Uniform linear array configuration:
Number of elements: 8
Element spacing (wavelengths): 0.75
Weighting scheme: binomial
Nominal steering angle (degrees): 15
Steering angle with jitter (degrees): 16.811
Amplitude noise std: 0.05
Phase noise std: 0.05

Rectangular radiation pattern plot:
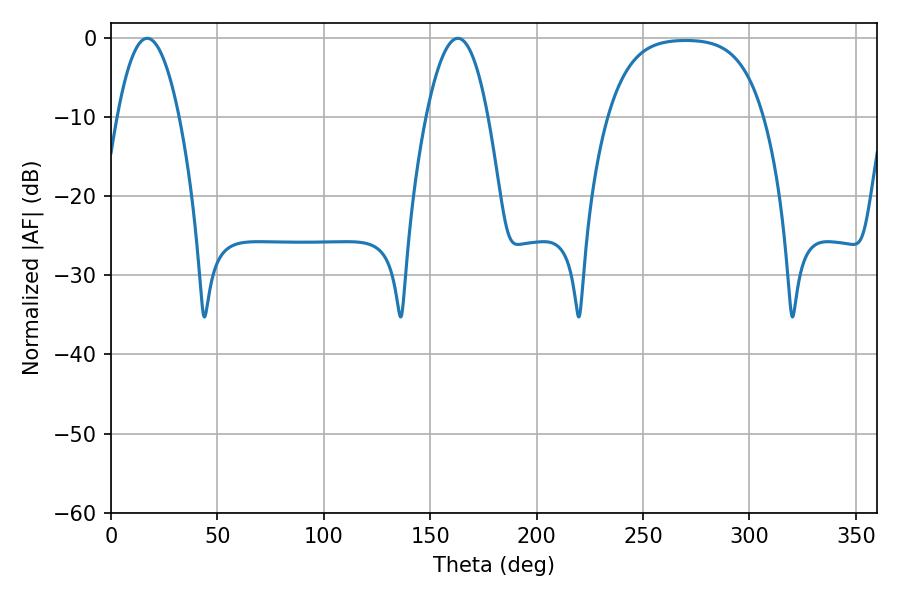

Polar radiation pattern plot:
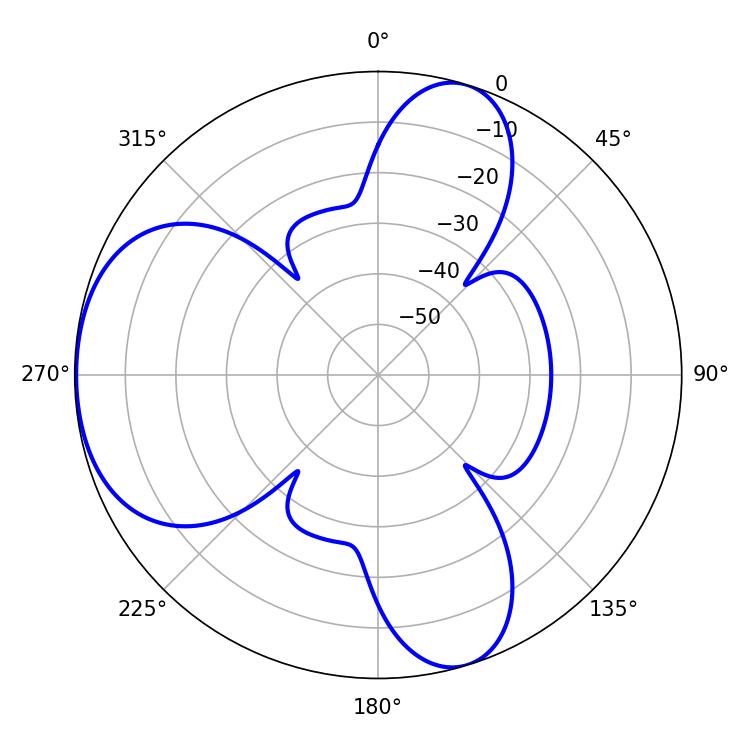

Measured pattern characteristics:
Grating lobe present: TRUE
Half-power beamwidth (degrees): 16.02
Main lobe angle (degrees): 17.1